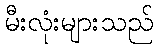
မီးလုံးများသည်